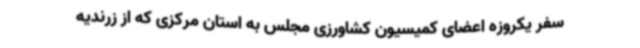
سفر یکروزه اعضای کمیسیون کشاورزی مجلس به استان مرکزی که از زرندیه